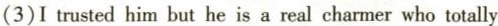
(3)I trusted him but he is a real charmer who totally